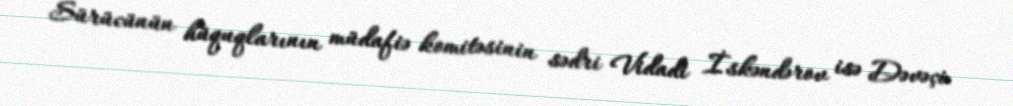
Sürücünün hüquqlarının müdafiə komitəsinin sədri Vidadi İskəndərov isə Dəvəçi